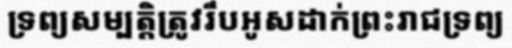
ទ្រព្យសម្បត្តិត្រូវរឹបអូសដាក់ព្រះរាជទ្រព្យ